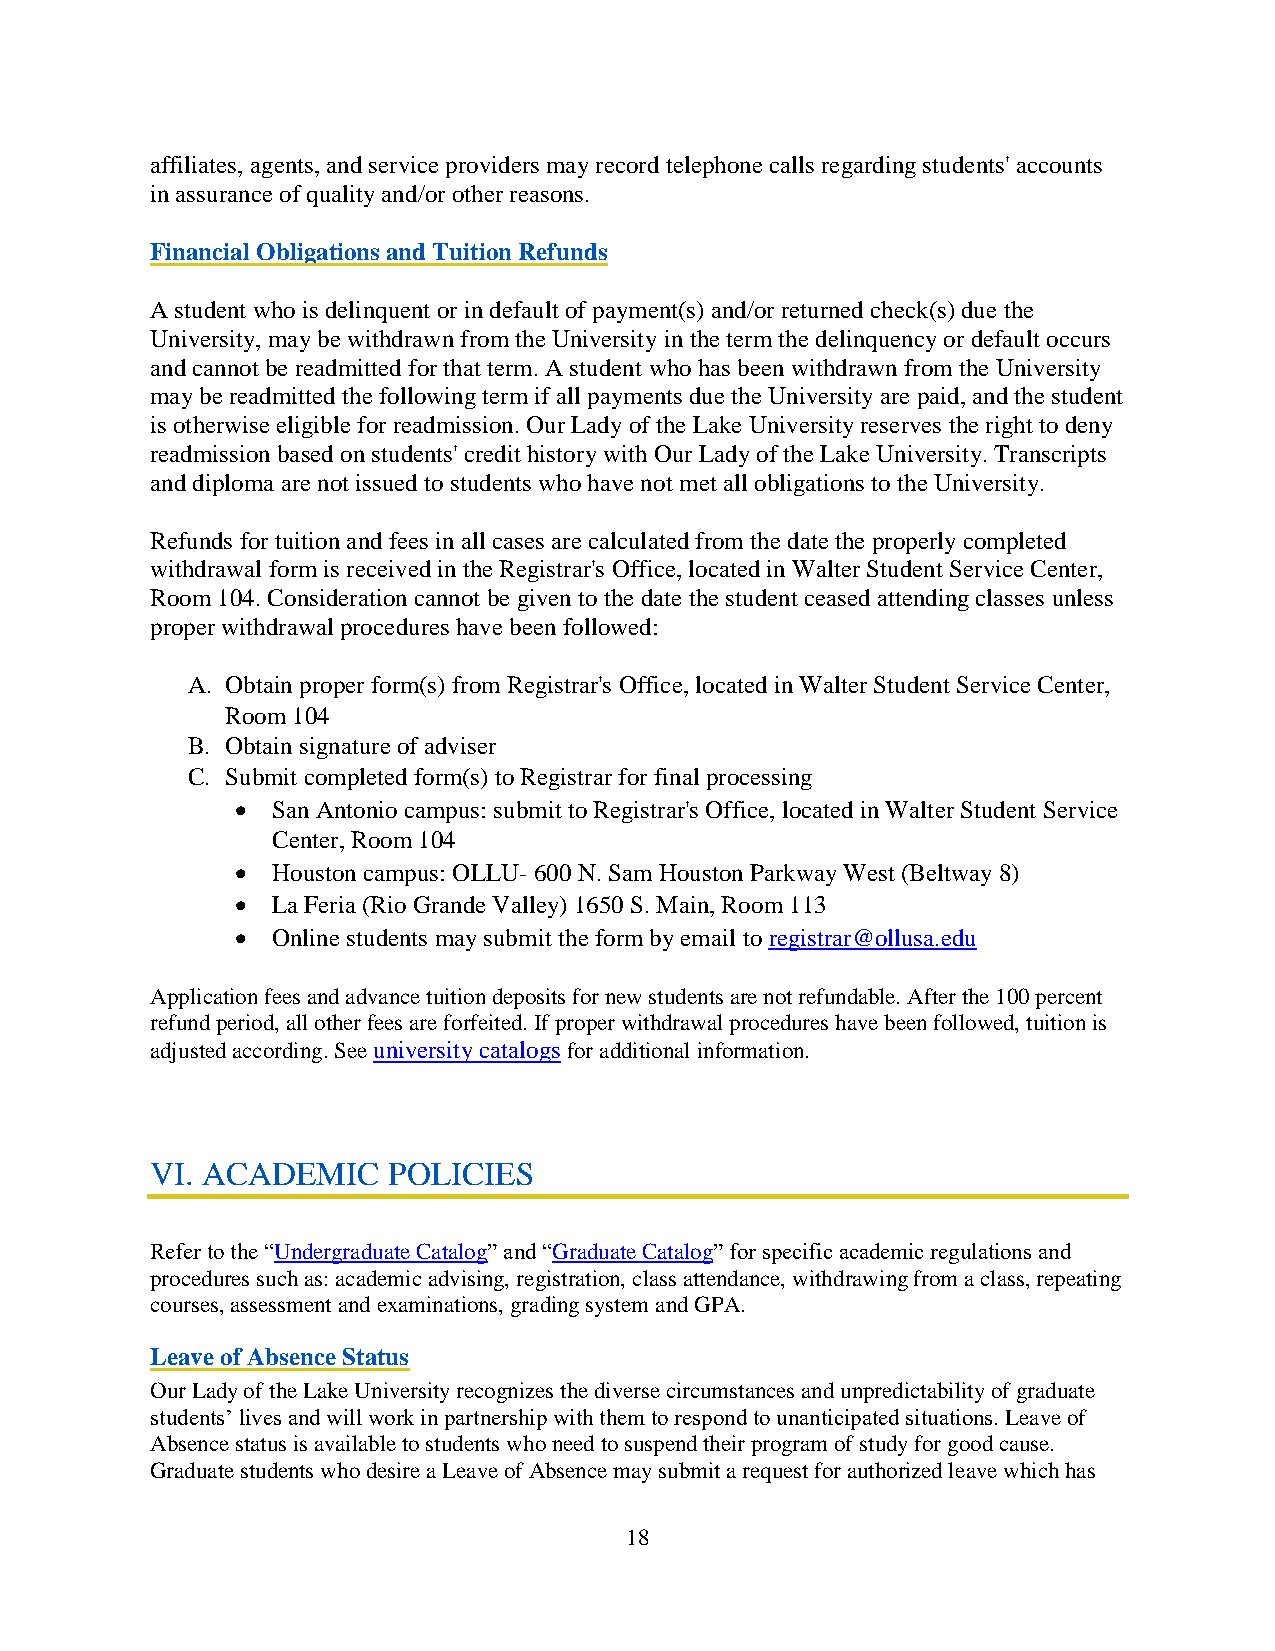
affiliates, agents, and service providers may record telephone calls regarding students' accounts
 in assurance of quality and/or other reasons.
 Financial Obligations and Tuition Refunds
 A student who is delinquent or in default of payment(s) and/or returned check(s) due the
 University, may be withdrawn from the University in the term the delinquency or default occurs
 and cannot be readmitted for that term. A student who has been withdrawn from the University
 may be readmitted the following term if all payments due the University are paid, and the student
 is otherwise eligible for readmission. Our Lady of the Lake University reserves the right to deny
 readmission based on students' credit history with Our Lady of the Lake University. Transcripts
 and diploma are not issued to students who have not met all obligations to the University.
 Refunds for tuition and fees in all cases are calculated from the date the properly completed
 withdrawal form is received in the Registrar's Office, located in Walter Student Service Center,
 Room 104. Consideration cannot be given to the date the student ceased attending classes unless
 proper withdrawal procedures have been followed:
 A. Obtain proper form(s) from Registrar's Office, located in Walter Student Service Center,
 Room 104
 B. Obtain signature of adviser
 C. Submit completed form(s) to Registrar for final processing
 • San Antonio campus: submit to Registrar's Office, located in Walter Student Service
 Center, Room 104
 • Houston campus: OLLU- 600 N. Sam Houston Parkway West (Beltway 8)
 • La Feria (Rio Grande Valley) 1650 S. Main, Room 113
 • Online students may submit the form by email to registrar@ollusa.edu
 Application fees and advance tuition deposits for new students are not refundable. After the 100 percent
 refund period, all other fees are forfeited. If proper withdrawal procedures have been followed, tuition is
 adjusted according. See university catalogs for additional information.
 VI. ACADEMIC    POLICIES
 Refer to the “Undergraduate Catalog” and “Graduate Catalog” for specific academic regulations and
 procedures such as: academic advising, registration, class attendance, withdrawing from a class, repeating
 courses, assessment and examinations, grading system and GPA.
 Leave of Absence Status
 Our Lady of the Lake University recognizes the diverse circumstances and unpredictability of graduate
 students’ lives and will work in partnership with them to respond to unanticipated situations. Leave of
 Absence status is available to students who need to suspend their program of study for good cause.
 Graduate students who desire a Leave of Absence may submit a request for authorized leave which has
 18